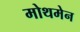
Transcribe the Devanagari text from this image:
मोथमेन